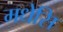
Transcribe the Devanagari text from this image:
मधेसि